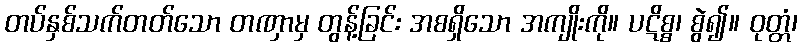
တပ်နှစ်သက်တတ်သော တဏှာမှ တွန့်ခြင်း အစရှိသော အကျိုးကို။ ပဋိစ္စ၊ စွဲ၍။ ဝုတ္တံ၊